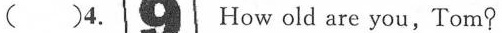
( )4. How old are you, Tom?